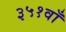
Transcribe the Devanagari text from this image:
३५१वाँ